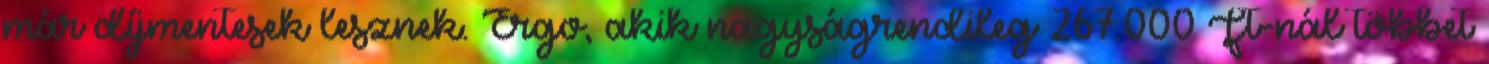
már díjmentesek lesznek. Ergo, akik nagyságrendileg 267.000 Ft-nál többet